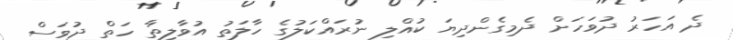
ދެ އަހަރު ދުވަހަށް ދެމިގެންދިޔަ ކުއްލި ނުރައްކަލުގެ ހާލަތު އުވާލިތާ ހަތް ދުވަސް